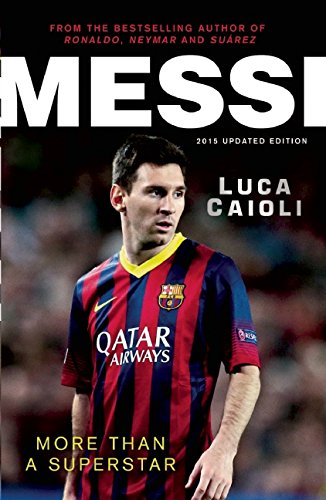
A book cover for Messi: More Than a Superstar; Luca Caioli; Biographies & Memoirs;